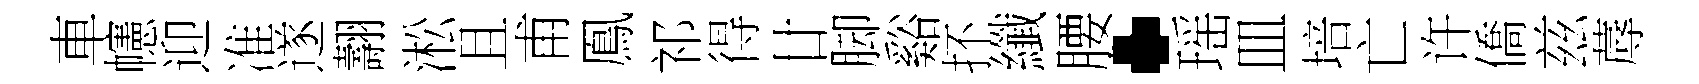
車幰迎准遂翿淞且甫鳯祁得廿脚谿抔纖腰·瑶皿培亡许僑兹蓐